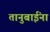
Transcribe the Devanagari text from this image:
तानुबाईंना